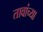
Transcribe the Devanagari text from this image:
तावांच्या